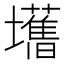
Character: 𫮾